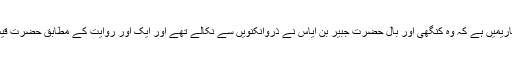
صحیح بخاری کی شرح فتح الباریمیں ہے کہ وہ کنگھی اور بال حضرت جُبَیْر بن اِیَاس نے ذروانکنویں سے نکالے تھے اور ایک اَور روایت کے مطابق حضرت قَیْس بن مِحْصَن نےنکالے تھے ۔